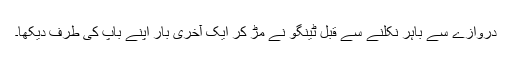
دروازے سے باہر نکلنے سے قبل ٹینگو نے مڑ کر ایک آخری بار اپنے باپ کی طرف دیکھا۔